Lunatic asylums Punjab 1911-1921 - 1911-1921
Year: 1911
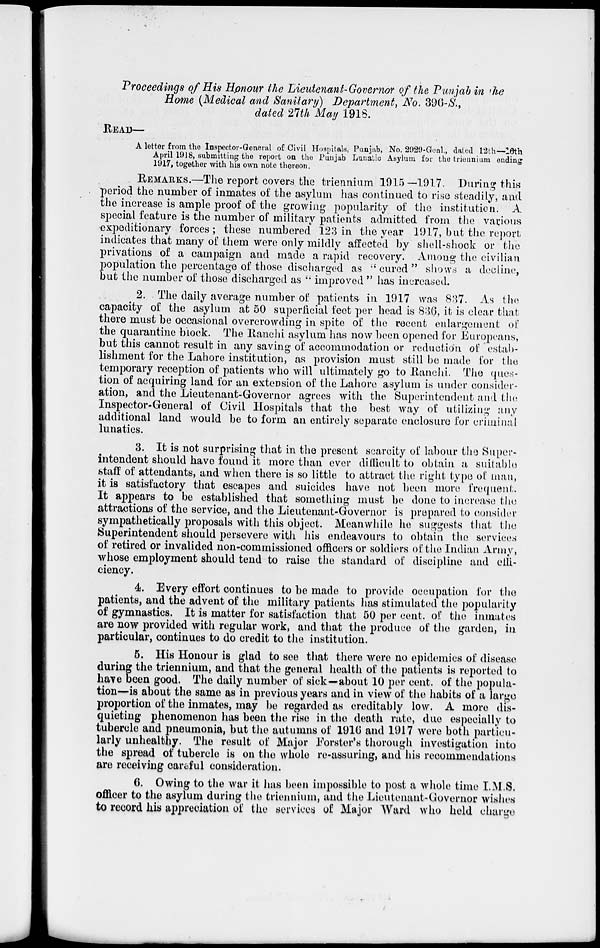
Proceedings of His Honour the Lieutenant-Governor of the Punjab in the
Home (Medical and Sanitary) Department, No. 396 -S.,
dated 27th May 1918.
READ—
A letter from the Inspector-General of Civil Hospitals, Punjab, No. 2929-Genl., dated 12th—16th
April 1918, submitting the report on the Punjab Lunatic Asylum for the triennium ending
1917, together with his own note thereon,
REMARKS.—The report covers the triennium 1915—1917. During this
period the number of inmates of the asylum has continued to rise steadily, and
the increase is ample proof of the growing popularity of the institution. A
special feature is the number of military patients admitted from the various
expeditionary forces ; these numbered 123 in the year 1917, but the report
indicates that many of them were only mildly affected by shell-shock or the
privations of a campaign and made a rapid recovery. Among the civilian
population the percentage of those discharged as "cured" shows a decline,
but the number of those discharged as " improved " has increased.
2. The daily average number of patients in 1917 was 837. As the
capacity of the asylum at 50 superficial feet per head is 836 , it is clear that
there must be occasional overcrowding in spite of the recent enlargement of
the quarantine block. The Ranchi asylum has now been opened for Europeans,
but this cannot result in any saving of accommodation or reduction of estab-
lishment for the Lahore institution, as provision must still be made for the
temporary reception of patients who will ultimately go to Ranchi. The ques-
tion of acquiring land for an extension of the Lahore asylum is under consider-
ation, and the Lieutenant-Governor agrees with the Superintendent and the
Inspector-General of Civil Hospitals that the best way of utilizing any
additional land would be to form an entirely separate enclosure for criminal
lunatics.
3. It is not surprising that in the present scarcity of labour the Super-
intendent should have found it more than ever difficult to obtain a suitable
staff of attendants, and when there is so little to attract the right type of man,
it is satisfactory that escapes and suicides have not been more frequent.
It appears to be established that something must be done to increase the
attractions of the service, and the Lieutenant-Governor is prepared to consider
sympathetically proposals with this object. Meanwhile he suggests that the
Superintendent should persevere with his endeavours to obtain the services
of retired or invalided non-commissioned officers or soldiers of the Indian Army,
whose employment should tend to raise the standard of discipline and effi-
ciency.
4. Every effort continues to be made to provide occupation for the
patients, and the advent of the military patients has stimulated the popularity
of gymnastics. It is matter for satisfaction that 50 per cent. of the inmates
are now provided with regular work, and that the produce of the garden, in
particular, continues to do credit to the institution.
5. His Honour is glad to see that there were no epidemics of disease
during the triennium, and that the general health of the patients is reported to
have been good. The daily number of sick—about 10 per cent. of the popula-
tion—is about the same as in previous years and in view of the habits of a large
proportion of the inmates, may be regarded as creditably low. A more dis-
quieting phenomenon has been the rise in the death rate, due especially to
tubercle and pneumonia, but the autumns of 1916 and 1917 were both particu-
larly unhealthy. The result of Major Forster's thorough investigation into
the spread of tubercle is on the whole re-assuring, and his recommendations
are receiving careful consideration.
6. Owing to the war it has been impossible to post a whole time I.M.S.
officer to the asylum during the triennium, and the Lieutenant-Governor wishes
to record his appreciation of the services of Major Ward who held charge